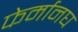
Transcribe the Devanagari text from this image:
फेर्मानघ